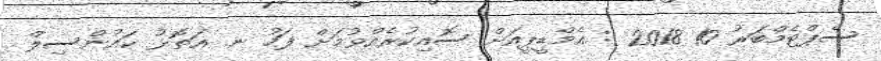
ސެޕްޓެމްބަރު 10 2018 : އެމްޑީޕީއަށް ސޮއިކުރެއްވުމަށް ފަހު ނ. އަތޮޅު ކައުންސިލް